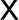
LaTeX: {\sf X}